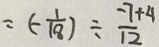
= ( - \frac { 1 } { 1 8 } ) \div \frac { - 7 + 4 } { 1 2 }